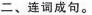
二、连词成句.